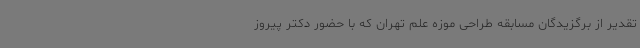
تقدیر از برگزیدگان مسابقه طراحی موزه علم تهران که با حضور دکتر پیروز